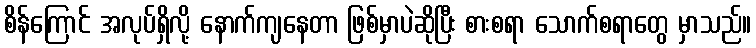
စိန်ကြောင် အလုပ်ရှိလို့ နောက်ကျနေတာ ဖြစ်မှာပဲဆိုပြီး စားစရာ သောက်စရာတွေ မှာသည်။